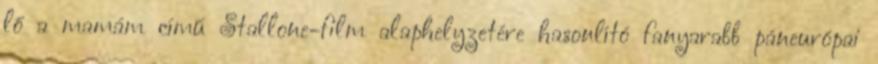
lő a mamám című Stallone-film alaphelyzetére hasonlító fanyarabb páneurópai